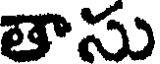
తాసు